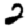
Digit: 2